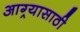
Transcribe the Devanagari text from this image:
आग्र्यासाठी